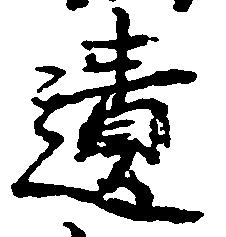
遺